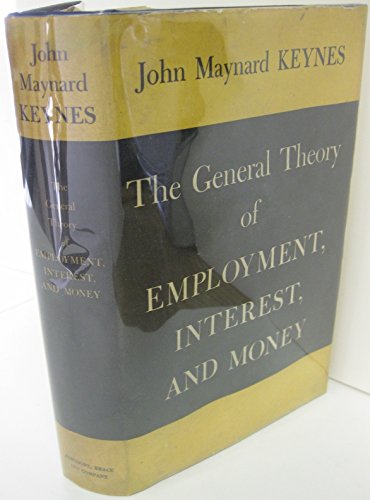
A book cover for General Theory of Employment, Interest and Money; John Maynard Keynes; Business & Money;